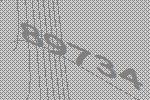
89734